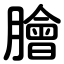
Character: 膾